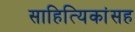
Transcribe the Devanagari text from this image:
साहित्यिकांसह